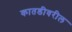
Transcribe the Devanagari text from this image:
कातडीवरील